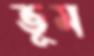
ভূম